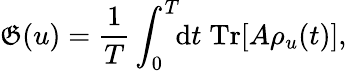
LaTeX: \mathfrak{G}(u)=\frac{{1}}{{T}}\int_{0}^{T}\! \! \mathrm{{d}}t\; \mathrm{{Tr}}[A\rho_{u}(t)],